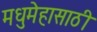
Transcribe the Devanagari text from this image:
मधुमेहासाठी